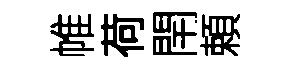
帷荷閈頼